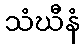
သံဃီနံ